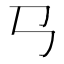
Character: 𢎘